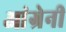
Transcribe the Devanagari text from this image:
आंग्रेनी